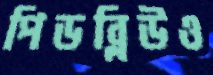
পিডব্লিউও